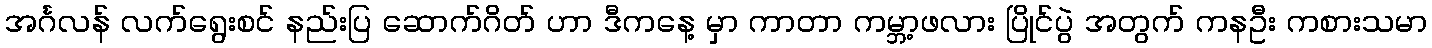
အင်္ဂလန် လက်ရွေးစင် နည်းပြ ဆောက်ဂိတ် ဟာ ဒီကနေ့ မှာ ကာတာ ကမ္ဘာ့ဖလား ပြိုင်ပွဲ အတွက် ကနဦး ကစားသမာ